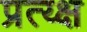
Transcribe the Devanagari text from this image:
प्रत्य्क्ष